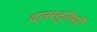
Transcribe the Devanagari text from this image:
दानस्तुतियाँ